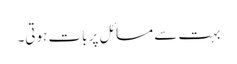
بہت سے مسائل پر بات ہوتی۔